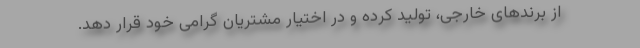
از برندهای خارجی، تولید کرده و در اختیار مشتریان گرامی خود قرار دهد.